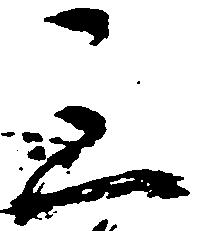
三